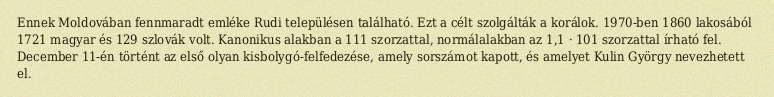
Ennek Moldovában fennmaradt emléke Rudi településen található. Ezt a célt szolgálták a korálok. 1970-ben 1860 lakosából 1721 magyar és 129 szlovák volt. Kanonikus alakban a 111 szorzattal, normálalakban az 1,1 · 101 szorzattal írható fel. December 11-én történt az első olyan kisbolygó-felfedezése, amely sorszámot kapott, és amelyet Kulin György nevezhetett el.